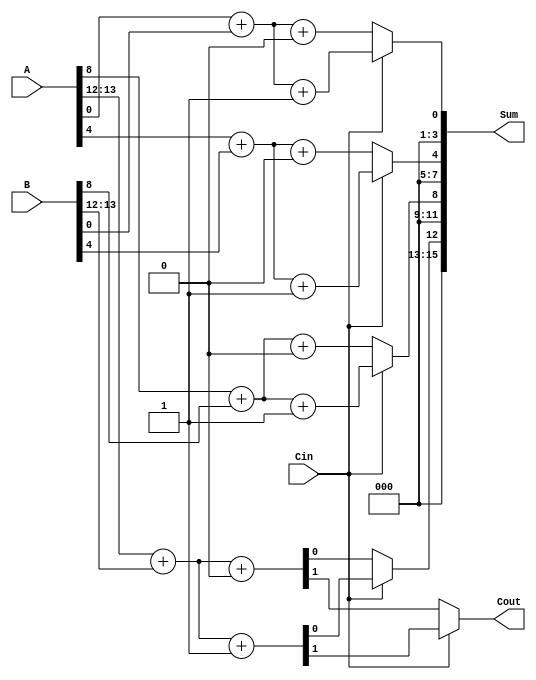
module DynamicCarrySelectAdder #(
    parameter WIDTH = 16,     // Total bit width of the adder
    parameter SEGMENT_SIZE = 4 // Size of each segment
)(
    input  [WIDTH-1:0] A,    // First addend
    input  [WIDTH-1:0] B,    // Second addend
    input  Cin,               // Carry input
    output [WIDTH-1:0] Sum,   // Sum output
    output Cout               // Carry output
);

    // Internal wire declarations
    wire [WIDTH/SEGMENT_SIZE-1:0] sum0, sum1;   // Sums with carry-in 0 and 1
    wire [WIDTH/SEGMENT_SIZE:0] cout0, cout1;     // Carry outs for both cases
    wire [WIDTH/SEGMENT_SIZE-1:0] sel;             // Selection signal for MUX

    genvar i;
    generate
        for (i = 0; i < WIDTH/SEGMENT_SIZE; i = i + 1) begin: segment
            // Generate segment sums and carries
            wire [SEGMENT_SIZE-1:0] A_seg = A[SEGMENT_SIZE*(i+1)-1 : SEGMENT_SIZE*i];
            wire [SEGMENT_SIZE-1:0] B_seg = B[SEGMENT_SIZE*(i+1)-1 : SEGMENT_SIZE*i];

            // Carry generation (for carry-in 0)
            wire c0; // Carry out for carry-in 0
            assign {c0, sum0[i]} = A_seg + B_seg + 0;

            // Carry generation (for carry-in 1)
            wire c1; // Carry out for carry-in 1
            assign {c1, sum1[i]} = A_seg + B_seg + 1;

            // Store carry out results
            assign cout0[i+1] = c0;
            assign cout1[i+1] = c1;
        end
    endgenerate

    // Determine the final carry-out based on previous segment carry-out
    assign cout0[0] = Cin;
    assign cout1[0] = Cin;

    // Select the appropriate sum based on carry-in value
    generate
        for (i = 0; i < WIDTH/SEGMENT_SIZE; i = i + 1) begin: mux
            // MUX to select the correct sum based on carry-in and carry-out
            assign sel[i] = (Cin) ? cout1[i] : cout0[i];
            assign Sum[SEGMENT_SIZE*(i+1)-1 : SEGMENT_SIZE*i] = (Cin) ? sum1[i] : sum0[i];
        end
    endgenerate

    // Final carry out
    assign Cout = (Cin) ? cout1[WIDTH/SEGMENT_SIZE] : cout0[WIDTH/SEGMENT_SIZE];

endmodule